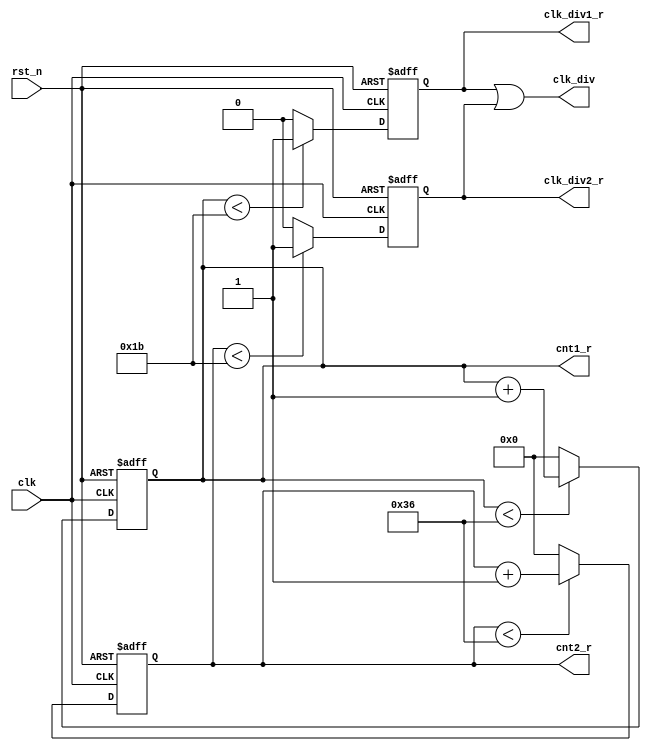
module div_55
(
input clk,
input rst_n,
output clk_div,
output [5:0] cnt1_r,
output [5:0] cnt2_r,
output clk_div1_r,
output clk_div2_r
);

parameter NUM_DIV = 55;
reg[5:0] cnt1; 
reg[5:0] cnt2;
reg clk_div1;
reg clk_div2;
    
always @(posedge clk or negedge rst_n) 
begin
    if(!rst_n)
    begin
    cnt1 <= 0;
    end
    else 
    begin
        if(cnt1 < NUM_DIV - 1)
        begin
        cnt1 <= cnt1 + 1'b1;
        end
        else
        begin
        cnt1 <= 0;
        end
     end   
end

always @(posedge clk or negedge rst_n) 
begin 
    if(!rst_n)
    begin
    clk_div1 <= 1'b1;
    end
    else
    begin 
        if(cnt1 < NUM_DIV / 2)
        begin
        clk_div1 <= 1'b1;
        end
        else
        begin
        clk_div1 <= 1'b0;
        end
    end   
end

always @(negedge clk or negedge rst_n) 
begin
    if(!rst_n)
    begin
    cnt2 <= 0;
    end
    else
    begin 
        if(cnt2 < NUM_DIV - 1)
        begin
        cnt2 <= cnt2 + 1'b1;
        end
        else
        begin
        cnt2 <= 0;
        end
    end   
end

always @(negedge clk or negedge rst_n) 
begin
    if(!rst_n)
    begin
    clk_div2 <= 1'b1;
    end
    else
    begin
        if(cnt2 < NUM_DIV / 2)
        begin
        clk_div2 <= 1'b1;
        end
        else
        begin
        clk_div2 <= 1'b0;
        end
    end 
end

assign clk_div = clk_div1 | clk_div2;
assign cnt1_r = cnt1;
assign cnt2_r = cnt2;
assign clk_div1_r = clk_div1; 
assign clk_div2_r = clk_div2; 

endmodule